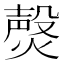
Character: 㷫